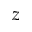
z